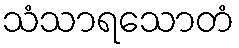
သံသာရသောတံ